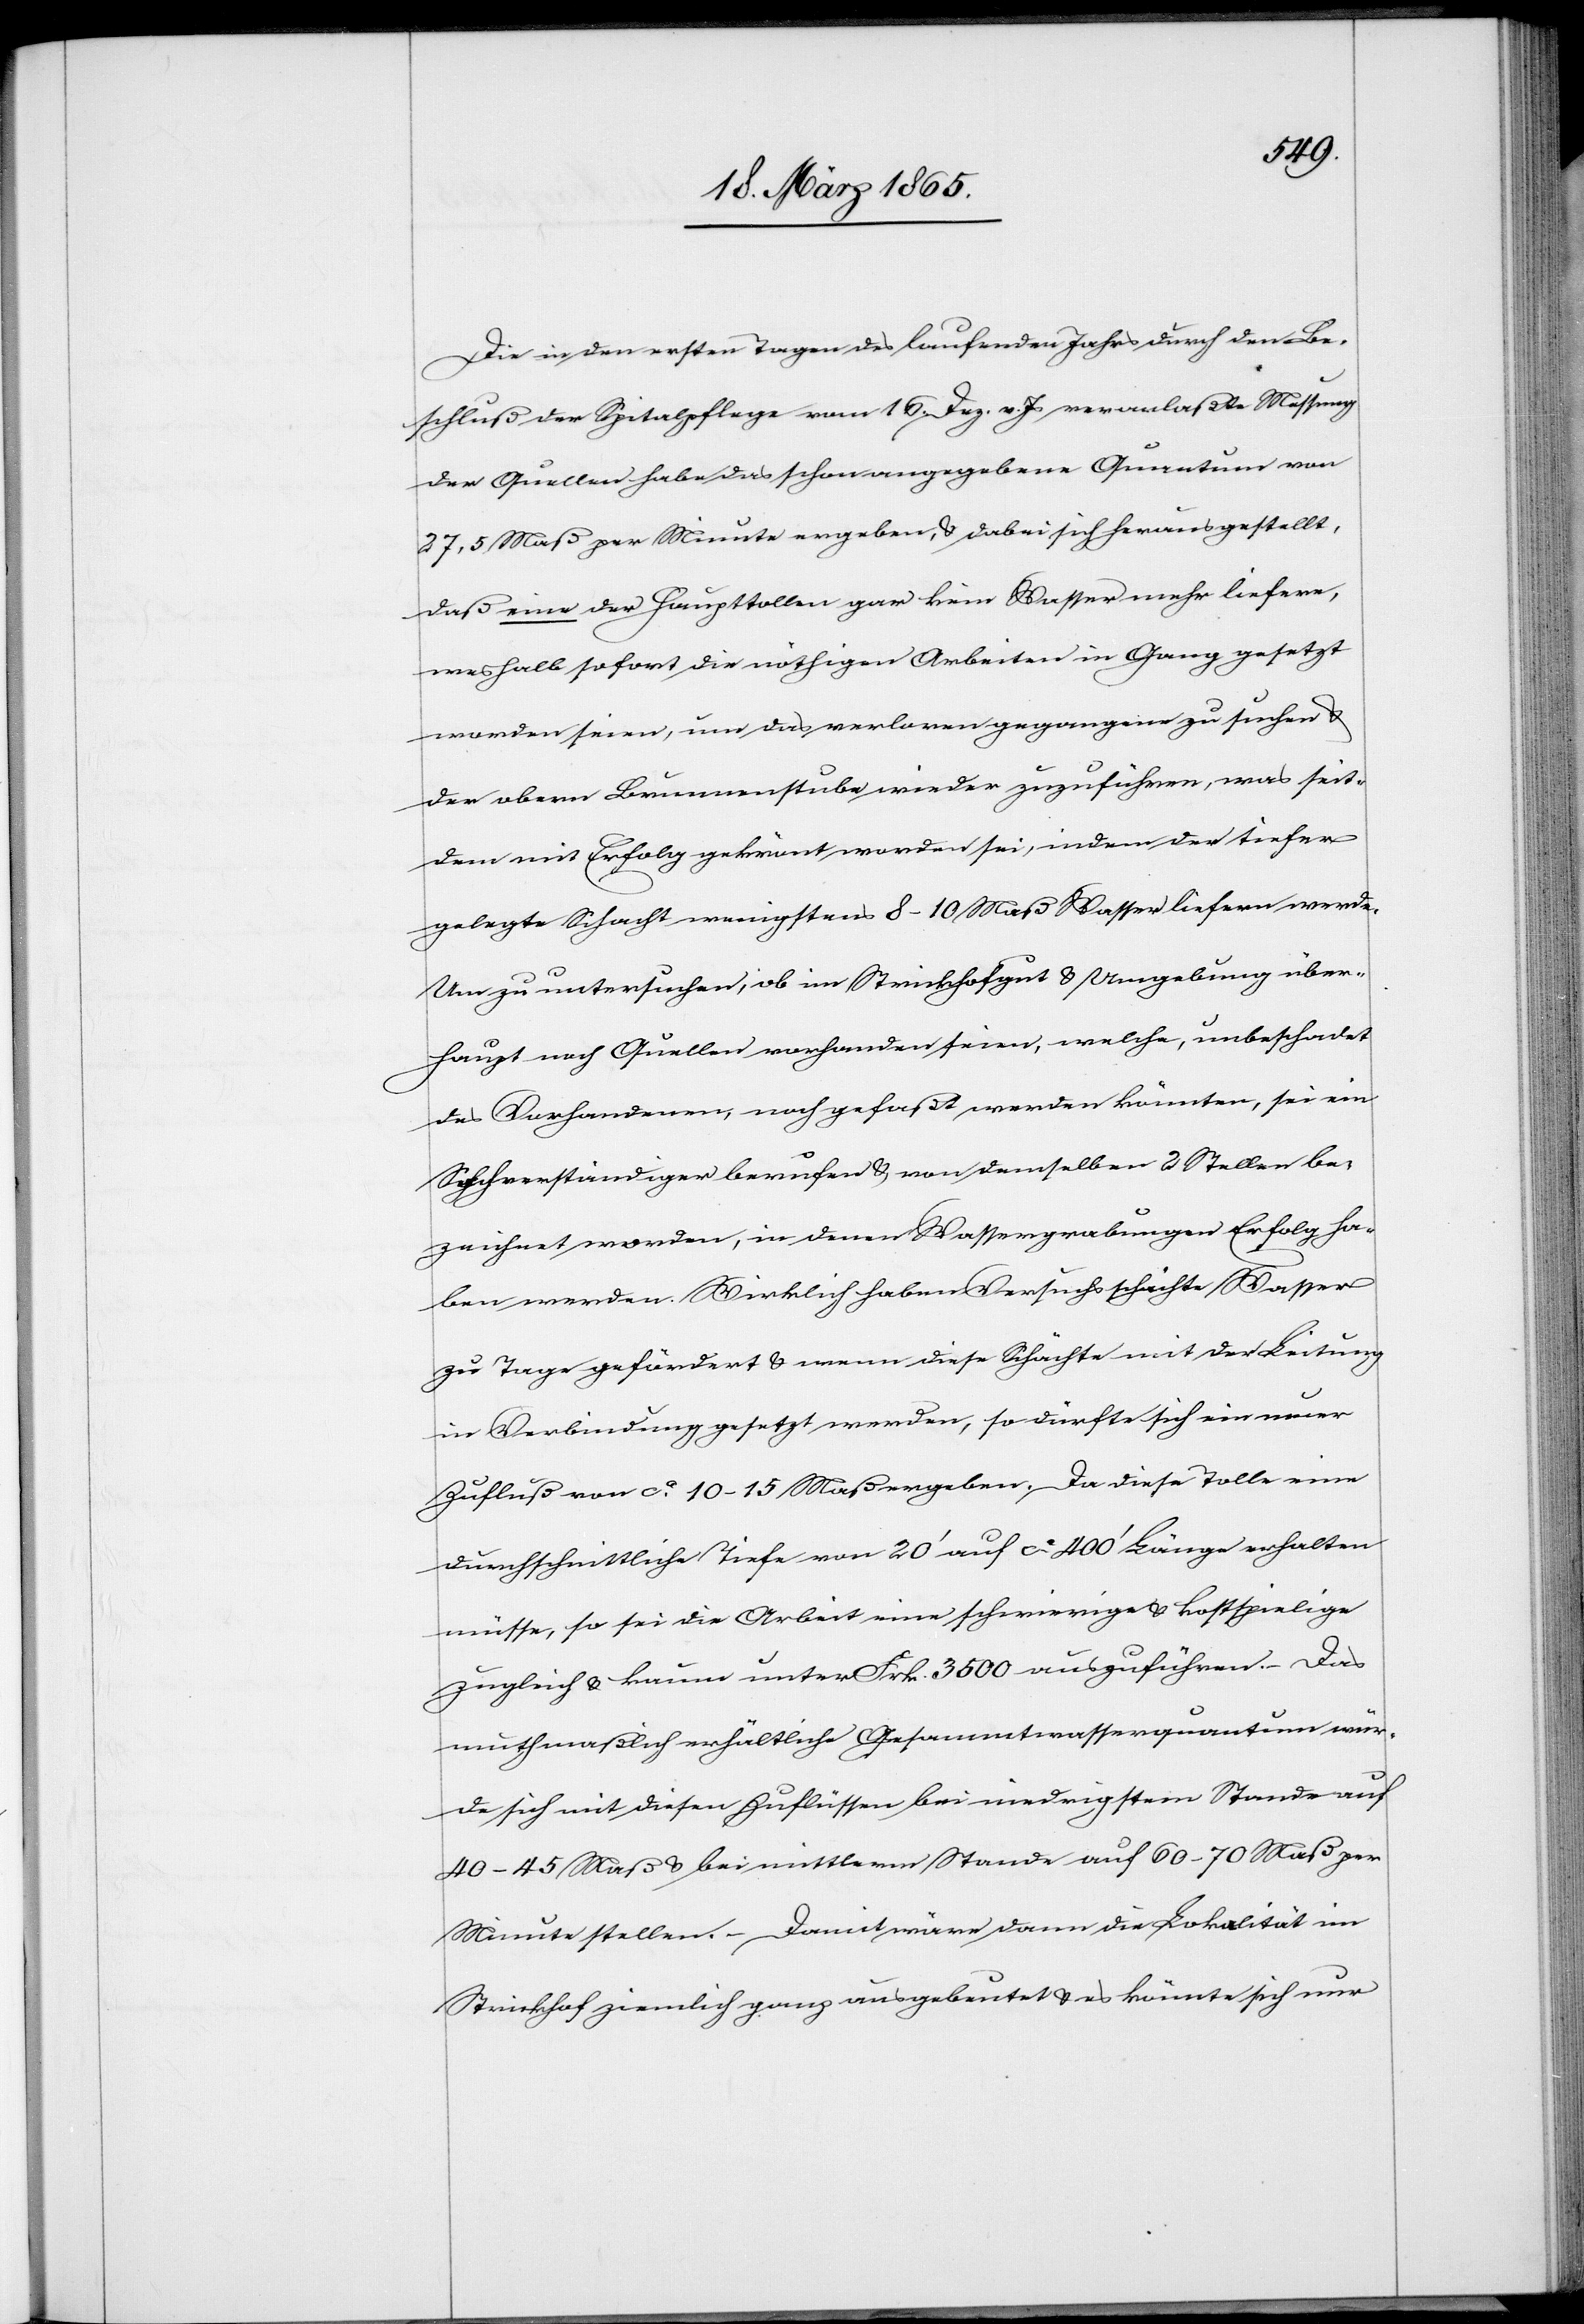
Die in den ersten Tagen des laufenden Jahrs durch den Be¬
schluß der Spitalpflege vom 16. Dez. v. Js veranlaßte Messung
der Quellen habe das schon angegebene Quantum von
27,5 Maß per Minute ergeben, & dabei sich herausgestellt,
daß eine der Haupttollen gar kein Wasser mehr liefere,
weshalb sofort die nöthigen Arbeiten in Gang gesetzt
worden seien, um das verloren gegangene zu suchen &
der obern Brunnenstube wieder zuzuführen, was seit¬
dem mit Erfolg gekrönt worden sei, indem der tiefer
gelegte Schacht wenigstens 8–10 Maß Wasser liefern werde.
Um zu untersuchen, ob im Strickhofgut & Umgebung über¬
haupt noch Quellen vorhanden seien, welche, unbeschadet
des Vorhandenen, noch gefaßt werden könnten, sei ein
Sachverständiger berufen & von demselben 2 Stellen be¬
zeichnet worden, in denen Wassergrabungen Erfolg ha¬
ben werden. Wirklich haben Versuchsschächte Wasser
zu Tage gefördert & wenn diese Schächte mit der Leitung
in Verbindung gesetzt werden, so dürfte sich ein neuer
Zufluß von ca 10–15 Maß ergeben. Da diese Tolle eine
durchschnittliche Tiefe von 20’ auf ca 400’ Länge erhalten
müsse, so sei die Arbeit eine schwierige & kostspielige
zugleich & kaum unter Frk. 3500 auszuführen. – Das
muthmaßlich erhältliche Gesammtwasserquantum wür¬
de sich mit diesen Zuflüssen bei niedrigstem Stande auf
40–45 Maß & bei mittlerm Stande auf 60–70 Maß per
Minute stellen. – Damit wäre dann die Lokalität im
Strickhof ziemlich ganz ausgebeutet & es könnte sich nur